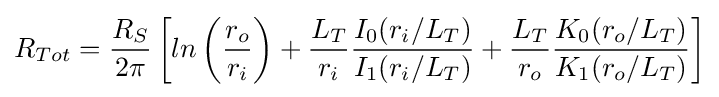
R_{Tot}={\frac {R_{S}}{2\pi }}\left[ln\left({\frac {r_{o}}{r_{i}}}\right)+{\frac {L_{T}}{r_{i}}}{\frac {I_{0}(r_{i}/L_{T})}{I_{1}(r_{i}/L_{T})}}+{\frac {L_{T}}{r_{o}}}{\frac {K_{0}(r_{o}/L_{T})}{K_{1}(r_{o}/L_{T})}}\right]